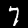
Digit: 7